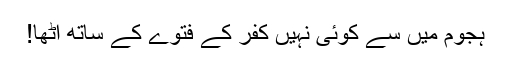
ہجوم میں سے کوئی نہیں کُفر کے فتوے کے ساتھ اُٹھا!